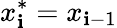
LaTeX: x_{\mathbf{i}}^{*}=x_{\mathbf{i}-1}